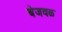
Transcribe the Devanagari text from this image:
बेजवळ